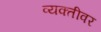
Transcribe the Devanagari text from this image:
व्‍यक्‍तीवर